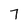
Character: 7